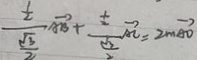
\frac { \frac { 1 } { 2 } } { \frac { \sqrt { 3 } } { 2 } } \overrightarrow { A B } + \frac { \frac { 1 } { 2 } } { \frac { \sqrt { 3 } } { 2 } } \overrightarrow { A C } = 2 m \overrightarrow { A D }